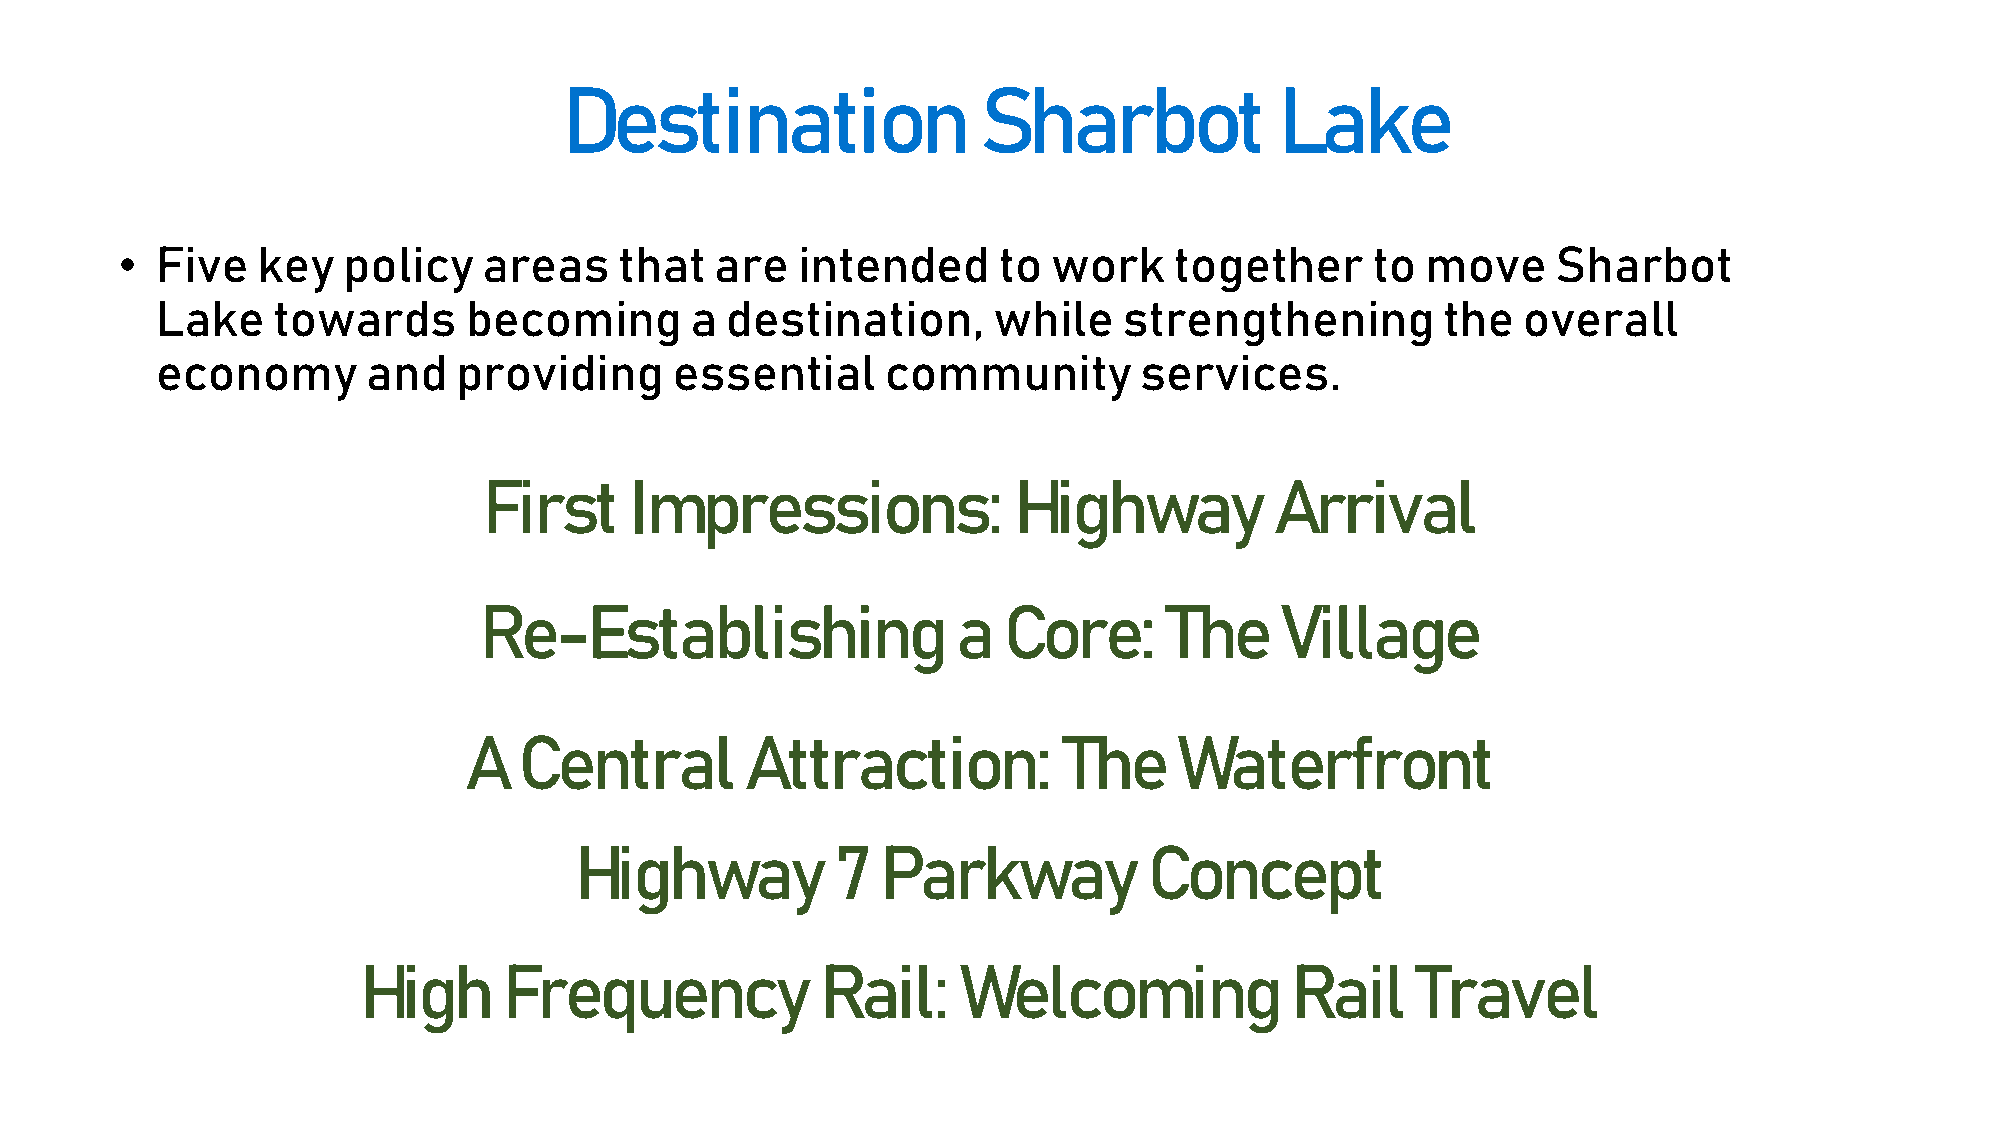
Destination                 Sharbot             Lake
 • Five   key   policy   areas    that  are   intended     to  work    together     to move     Sharbot
 Lake    towards      becoming       a destination,      while   strengthening         the  overall
 economy       and   providing      essential     community       services.
 First     Impressions:             Highway          Arrival
 Re-Establishing                a  Core:      The     Village
 A  Central        Attraction:          The     Waterfront
 Highway          7  Parkway           Concept
 High     Frequency            Rail:    Welcoming             Rail     Travel